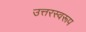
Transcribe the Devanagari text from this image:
उत्तरस्वरूप